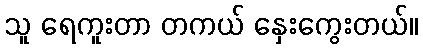
သူ ရေကူးတာ တကယ် နှေးကွေးတယ်။